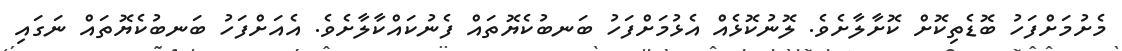
މެށުމަށްފަހު ބޮޑެތިކޮށް ކޮށާލާށެވެ. ލޮނުކޮޅެއް އެޅުމަށްފަހު ބަނބުކެޔޮތައް ފެނުކައްކާލާށެވެ. އެއަށްފަހު ބަނބުކެޔޮތައް ނަގައި